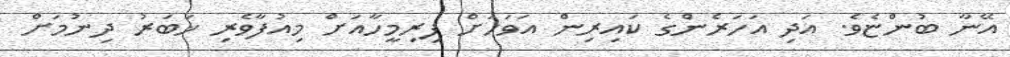
އޭނާ ބުންޏެވެ. އަދި އަހަރެންގެ ކައިރިން އަވަހަށް ފިރިމީހާއަށް މިއުފާވެރި ޚަބަރު ދިނުމަށް